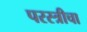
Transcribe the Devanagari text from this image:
परस्त्रीचा